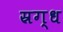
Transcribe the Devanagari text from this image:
स्रग्ध